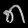
Digit: ၈